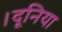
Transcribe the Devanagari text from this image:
।दूनिया